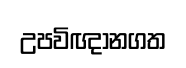
උපවිඥානගත